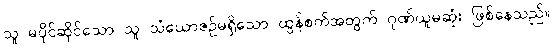
သူ မပိုင်ဆိုင်သော သူ သံယောဇဉ်မရှိသော ထွန်စက်အတွက် ဂုဏ်ယူမဆုံး ဖြစ်နေသည်။